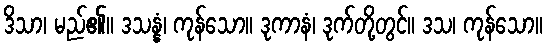
ဒိသာ၊ မည်၏။ ဒသန္နံ၊ ကုန်သော။ ဒုကာနံ၊ ဒုက်တို့တွင်။ ဒသ၊ ကုန်သော။